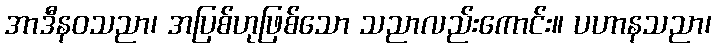
အာဒီနဝသညာ၊ အပြစ်ဟုဖြစ်သော သညာလည်းကောင်း။ ပဟာနသညာ၊